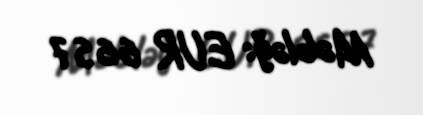
Məbləğ: EUR 6657